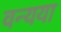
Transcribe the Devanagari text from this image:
वन्यया